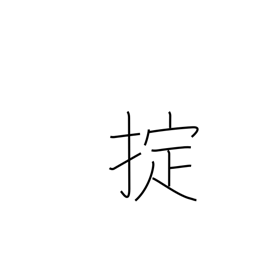
Meaning: regulations